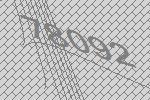
78092